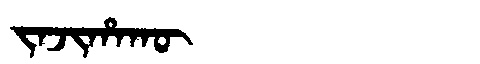
Manchu: ᠵᠠᠵᡳᡥᠠᡴᡡ
Romanization: JAJIHAKŪ